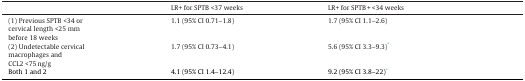
<table><thead><tr><td></td><td><b>LR+ for SPTB &lt;37 weeks</b></td><td><b>LR+ for SPTB + &lt;34 weeks</b></td></tr></thead><tbody><tr><td>(1) Previous SPTB &lt;34 orcervical length &lt;25 mmbefore 18 weeks</td><td>1.1 (95% CI 0.71–1.8)</td><td>1.7 (95% CI 1.1–2.6)</td></tr><tr><td>(2) Undetectable cervicalmacrophages andCCL2 &lt;75 ng/g</td><td>1.7 (95% CI 0.73–4.1)</td><td>5.6 (95% CI 3.3–9.3)*</td></tr><tr><td>Both 1 and 2</td><td>4.1 (95% CI 1.4–12.4)</td><td>9.2 (95% CI 3.8–22)*</td></tr></tbody></table>